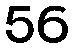
56